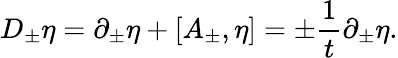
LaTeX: D_{\pm}\eta=\partial_{\pm}\eta+[A_{\pm},\eta]=\pm{\frac{1}{t}}\partial_{\pm}\eta.